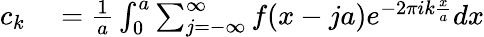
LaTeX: \begin{array}{rl}{c_{k}}&{{}=\frac{1}{a}\int_{0}^{a}\sum_{j=-\infty}^{\infty}f(x-ja)e^{-2\pi ik\frac{x}{a}}dx}\end{array}